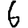
Digit: 6